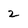
Character: 2